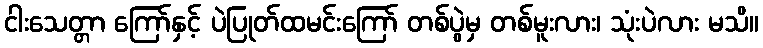
ငါးသေတ္တာ ကြော်နှင့် ပဲပြုတ်ထမင်းကြော် တစ်ပွဲမှ တစ်မူးလား၊ သုံးပဲလား မသိ။